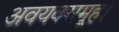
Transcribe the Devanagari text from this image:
अवयवसमूह।